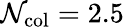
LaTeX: \mathcal{N}_{\mathrm{{col}}}=2.5